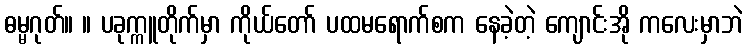
ဓမ္မဂုတ်။ ။ ပခုက္ကူတိုက်မှာ ကိုယ်တော် ပထမရောက်စက နေခဲ့တဲ့ ကျောင်းအို ကလေးမှာဘဲ